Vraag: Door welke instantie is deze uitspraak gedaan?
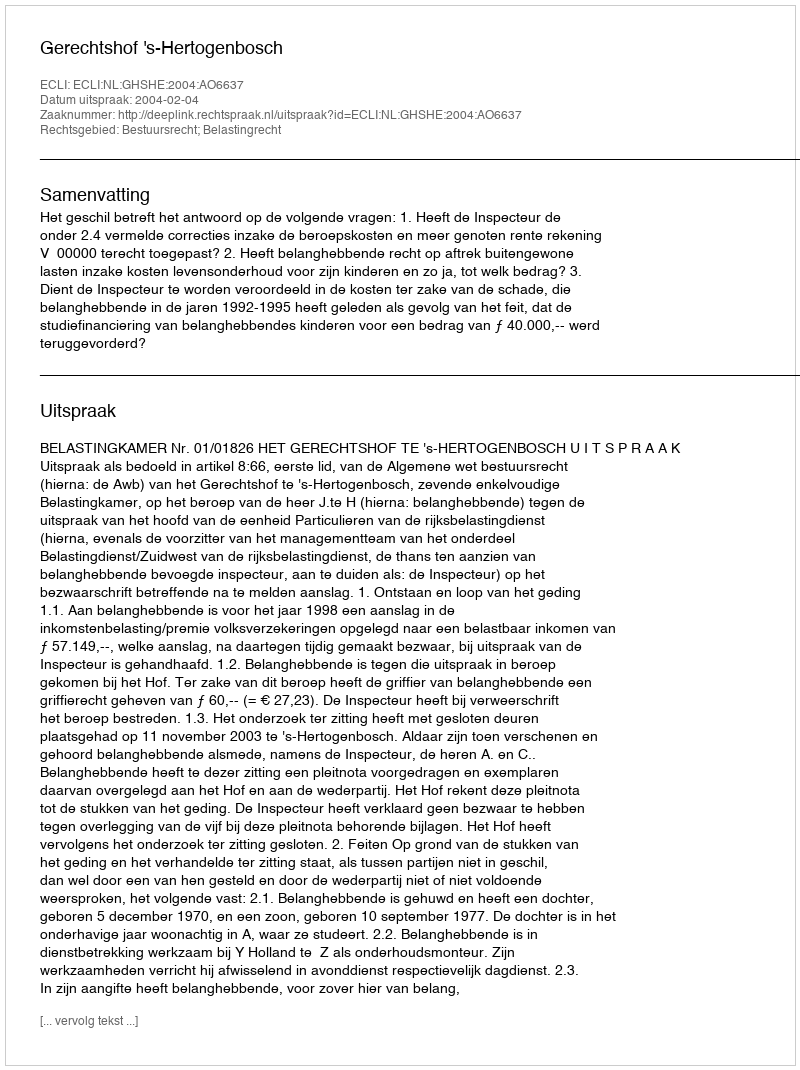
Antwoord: Gerechtshof 's-Hertogenbosch